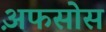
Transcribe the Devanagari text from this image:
अ़फसोस